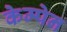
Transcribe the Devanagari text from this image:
केम्पेन